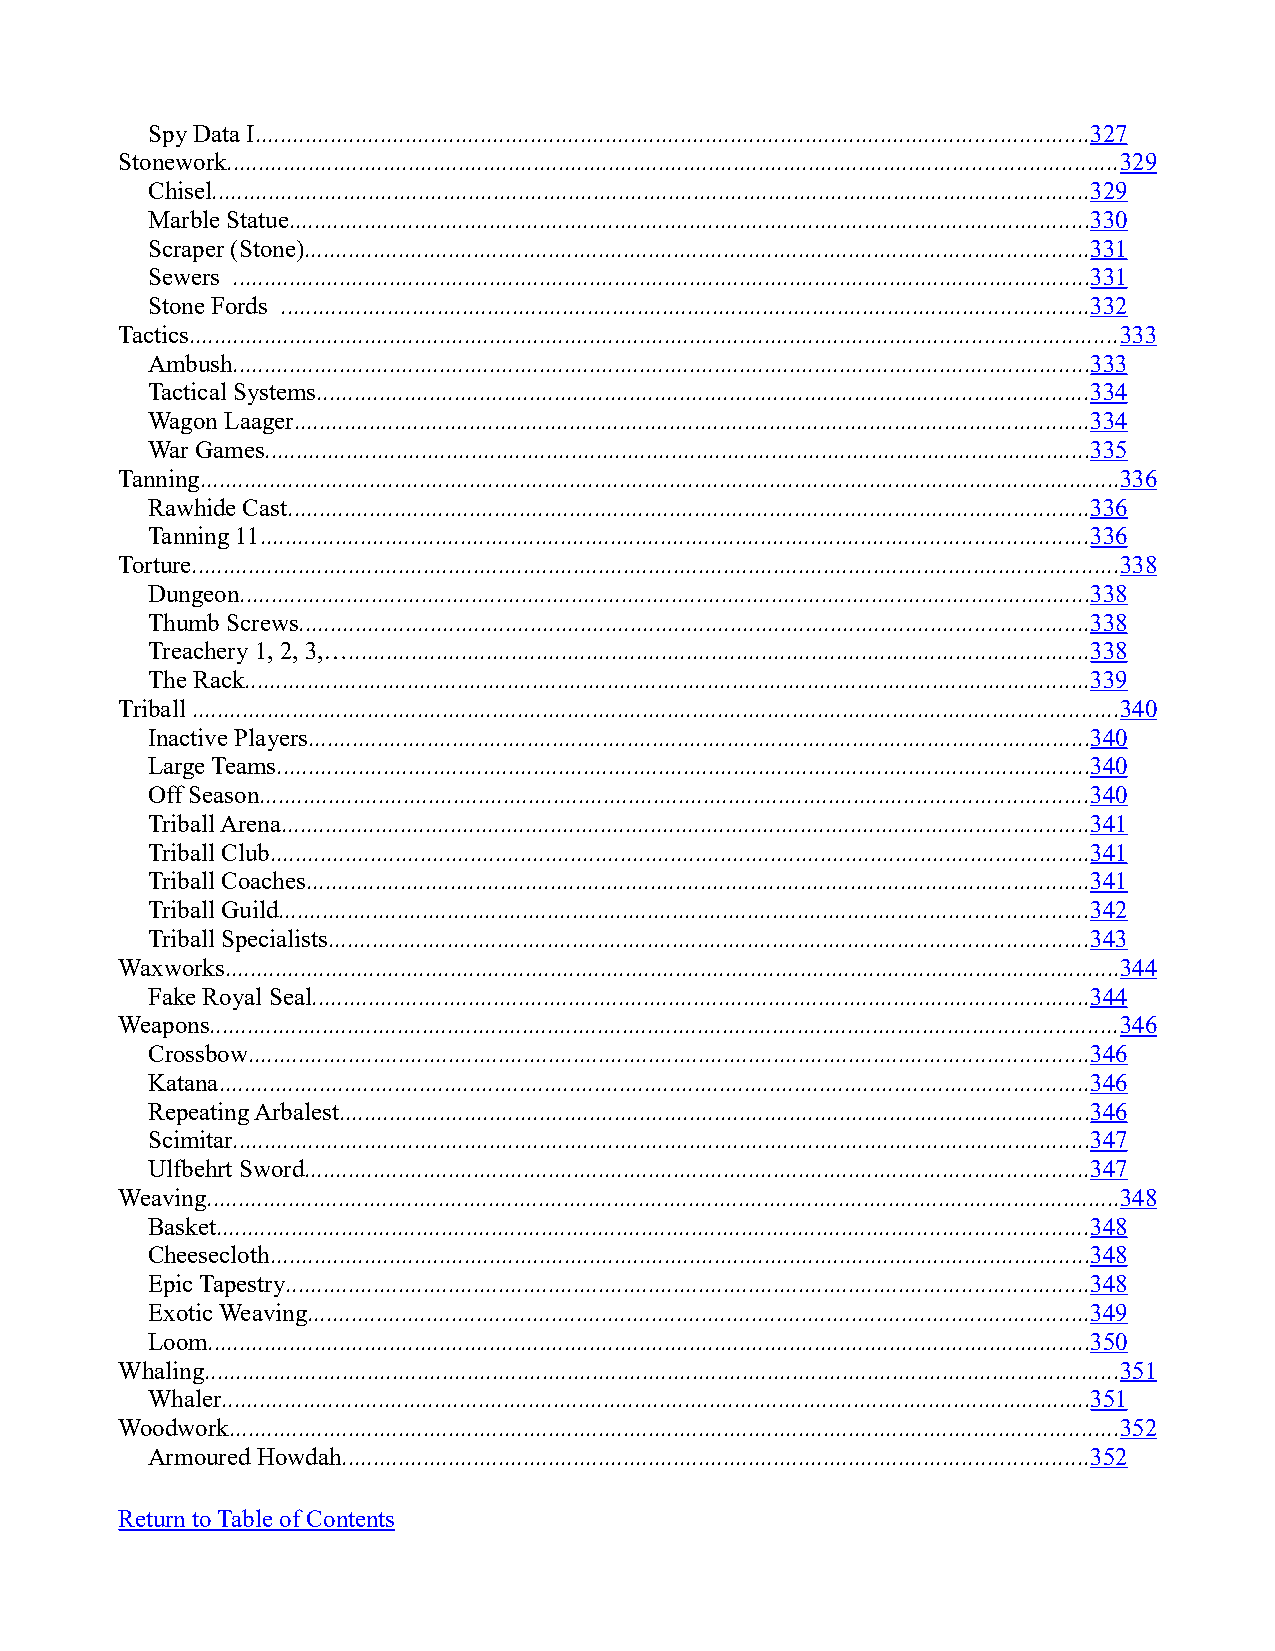
Spy Data I.....................................................................................................................................327
 Stonework..............................................................................................................................................329
 Chisel............................................................................................................................................329
 Marble Statue................................................................................................................................330
 Scraper (Stone).............................................................................................................................331
 Sewers .........................................................................................................................................331
 Stone Fords .................................................................................................................................332
 Tactics....................................................................................................................................................333
 Ambush.........................................................................................................................................333
 Tactical Systems...........................................................................................................................334
 Wagon Laager...............................................................................................................................334
 War Games....................................................................................................................................335
 Tanning...................................................................................................................................................336
 Rawhide Cast................................................................................................................................336
 Tanning 11....................................................................................................................................336
 Torture....................................................................................................................................................338
 Dungeon........................................................................................................................................338
 Thumb Screws..............................................................................................................................338
 Treachery 1, 2, 3,…......................................................................................................................338
 The Rack.......................................................................................................................................339
 Triball ....................................................................................................................................................340
 Inactive Players.............................................................................................................................340
 Large Teams..................................................................................................................................340
 Off Season....................................................................................................................................340
 Triball Arena.................................................................................................................................341
 Triball Club...................................................................................................................................341
 Triball Coaches.............................................................................................................................341
 Triball Guild.................................................................................................................................342
 Triball Specialists.........................................................................................................................343
 Waxworks...............................................................................................................................................344
 Fake Royal Seal............................................................................................................................344
 Weapons.................................................................................................................................................346
 Crossbow......................................................................................................................................346
 Katana...........................................................................................................................................346
 Repeating Arbalest........................................................................................................................346
 Scimitar.........................................................................................................................................347
 Ulfbehrt Sword.............................................................................................................................347
 Weaving..................................................................................................................................................348
 Basket...........................................................................................................................................348
 Cheesecloth...................................................................................................................................348
 Epic Tapestry................................................................................................................................348
 Exotic Weaving.............................................................................................................................349
 Loom.............................................................................................................................................350
 Whaling..................................................................................................................................................351
 Whaler...........................................................................................................................................351
 Woodwork..............................................................................................................................................352
 Armoured Howdah.......................................................................................................................352
 Return to Table of Contents